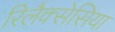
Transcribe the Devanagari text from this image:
रिलैक्सेसिया